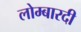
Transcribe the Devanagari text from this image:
लोम्बारदी